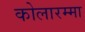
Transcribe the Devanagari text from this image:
कोलारम्मा